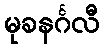
မုခနင်္ဂလီ